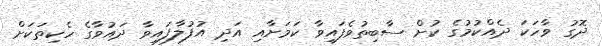
ދޮގު ވާހަކަ ދެއްކުމުގެ ކުށް ސާބިތުވެފައިވާ ކަމަށާއި އަދި އުފުލާފައިވާ ދައުވާގެ ހެކިތަކަށް